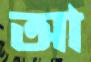
আ